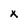
Character: x